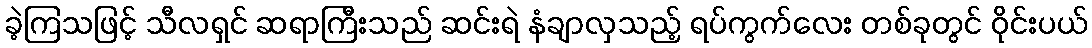
ခဲ့ကြသဖြင့် သီလရှင် ဆရာကြီးသည် ဆင်းရဲ နံချာလှသည့် ရပ်ကွက်လေး တစ်ခုတွင် ဝိုင်းပယ်